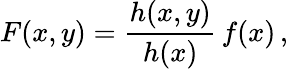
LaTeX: F(x,y)=\frac{h(x,y)}{h(x)}\, f(x)\, ,